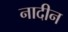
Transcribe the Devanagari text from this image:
नादीन